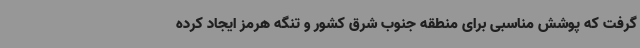
گرفت که پوشش مناسبی برای منطقه جنوب شرق کشور و تنگه هرمز ایجاد کرده